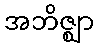
အဘိဇ္ဈာ